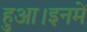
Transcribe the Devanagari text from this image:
हुआ।इनमें